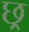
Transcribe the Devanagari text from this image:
छ्र